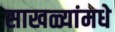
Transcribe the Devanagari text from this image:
साखळ्यांमधे